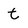
Character: t